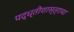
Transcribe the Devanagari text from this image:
पद्ध्तीशास्त्राचा